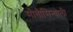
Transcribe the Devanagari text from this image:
मोतीसिन्धोली